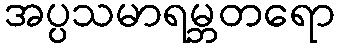
အပ္ပသမာရမ္ဘတရော